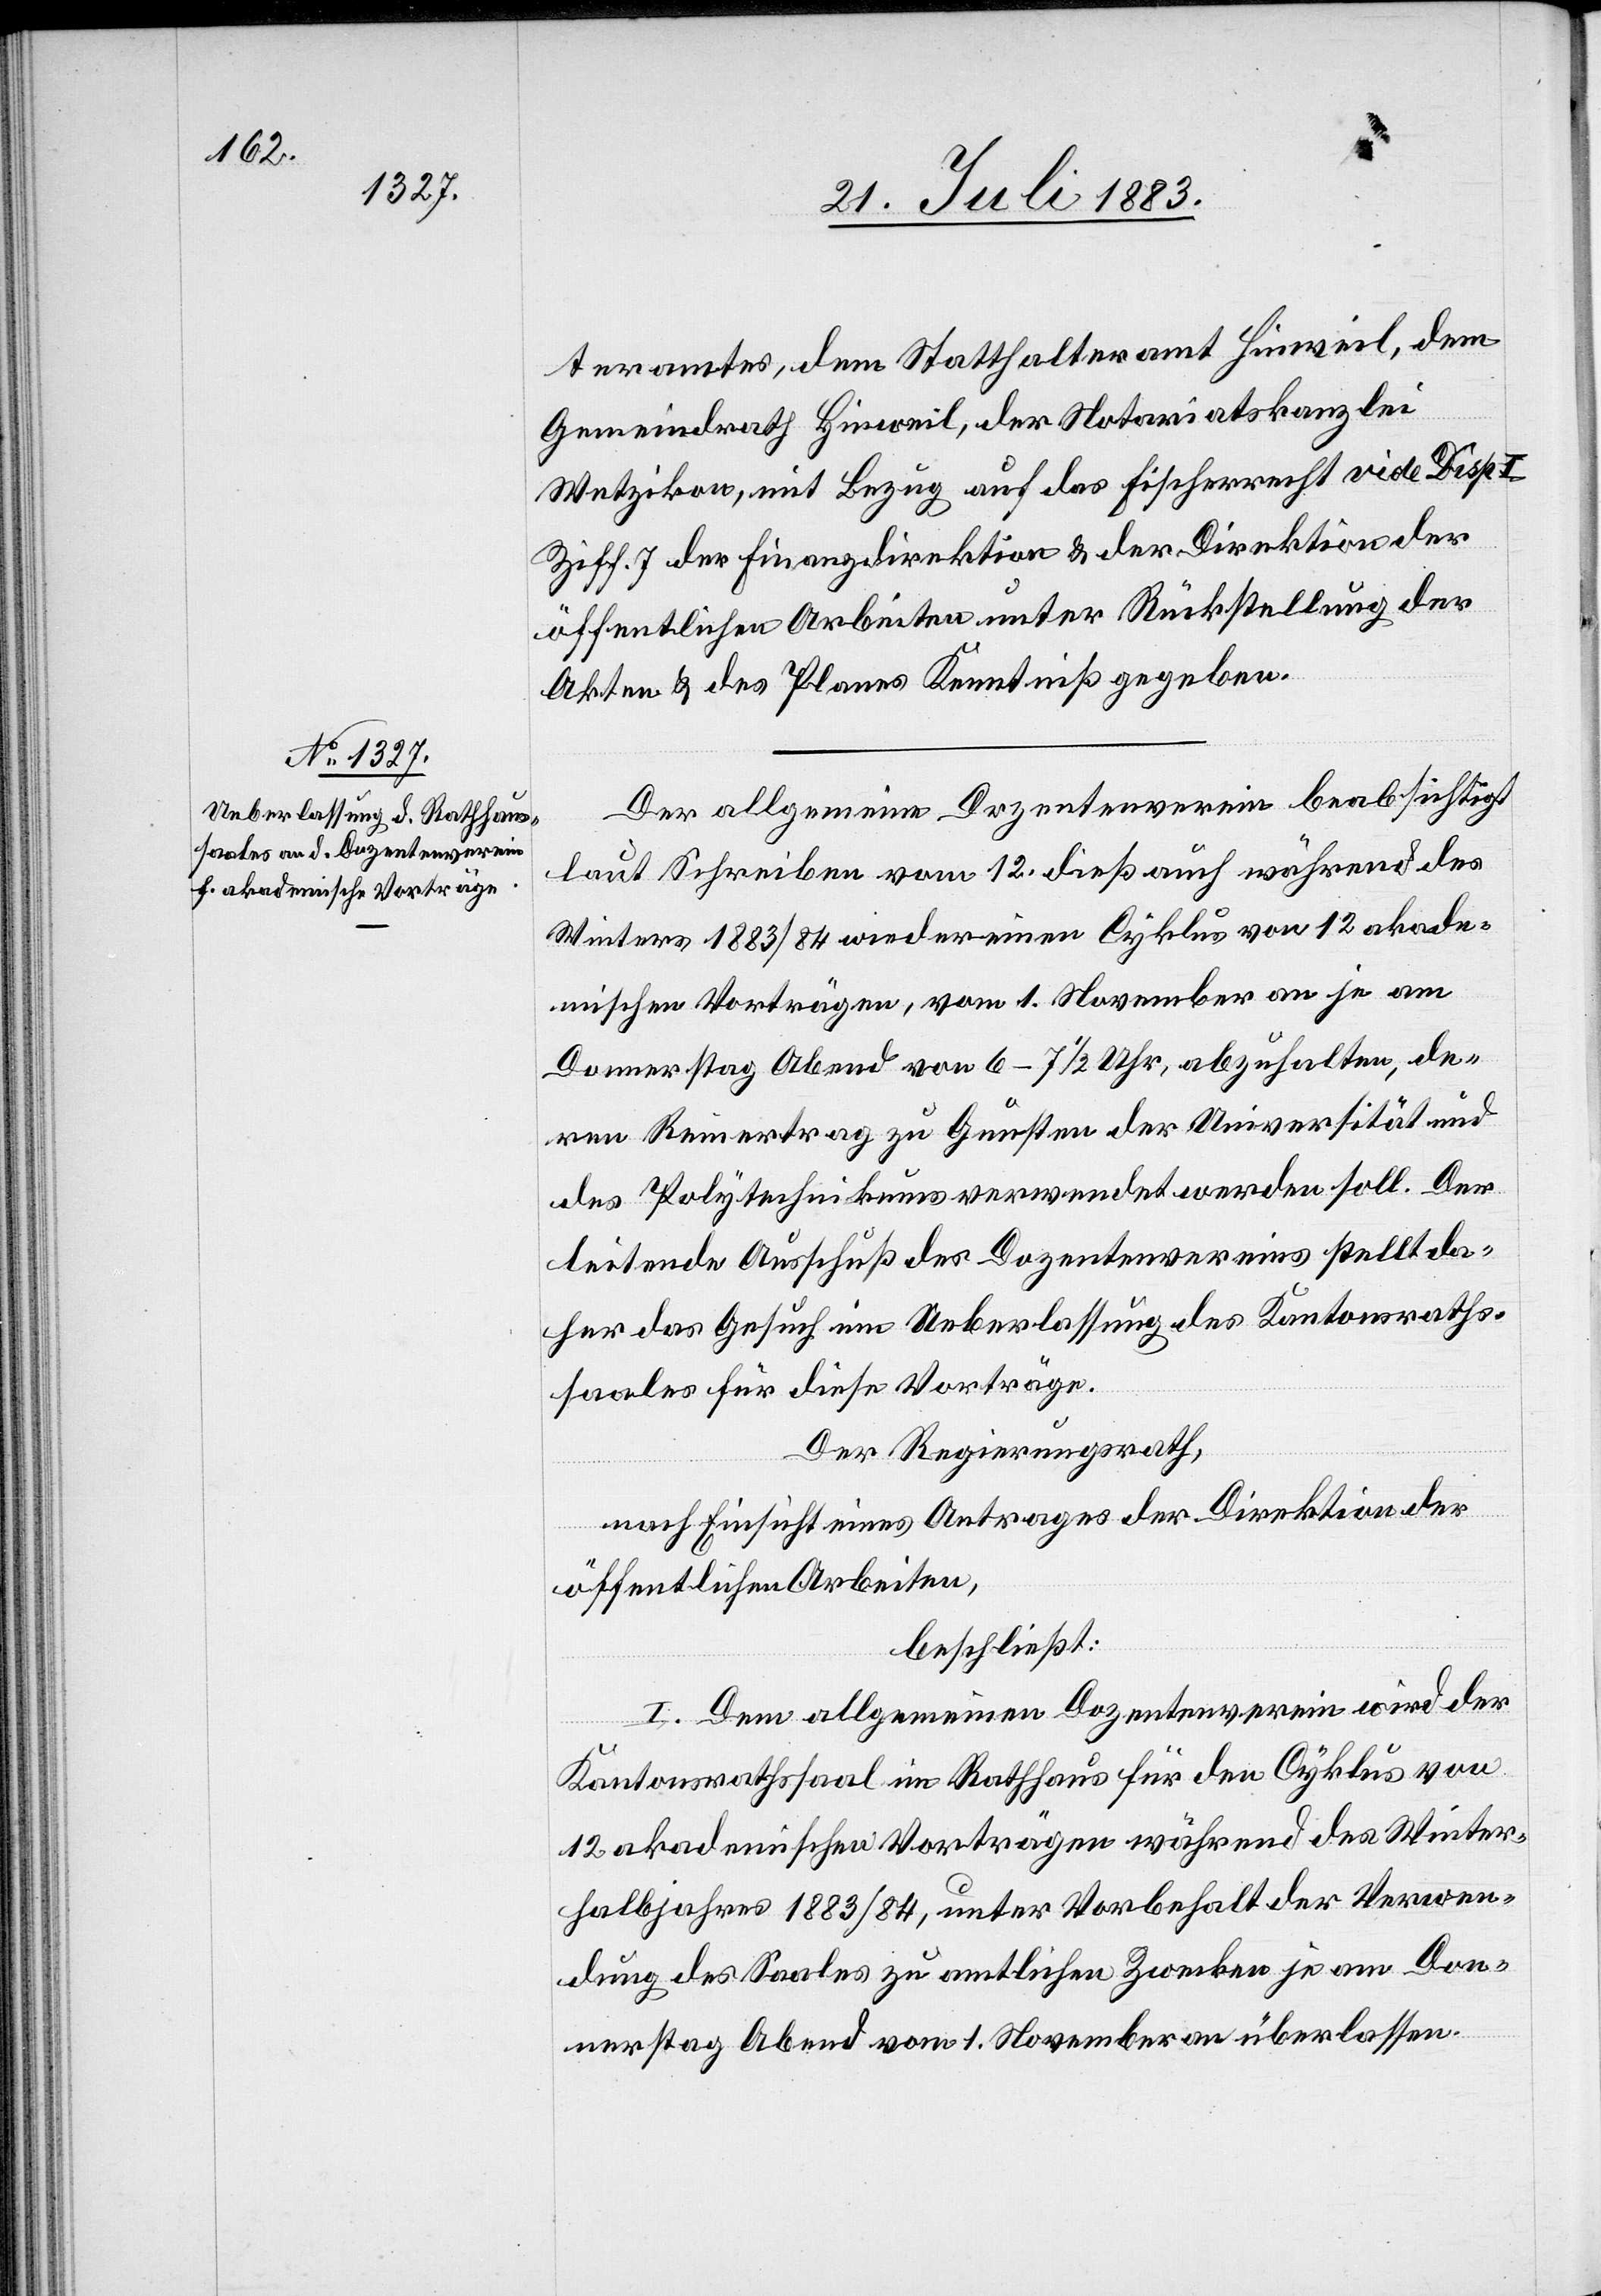
teramtes, dem Statthalteramt Hinweil, dem
Gemeindrath Hinweil, der Notariatskanzlei
Wetzikon, mit Bezug auf das Fischerrecht vide Disp.
Ziff. 7 der Finanzdirektion & der Direktion der
öffentlichen Arbeiten unter Rückstellung der
Akten & des Planes Kenntniß gegeben.
Der allgemeine Dozentenverein beabsichtigt
laut Schreiben vom 12. dieß auch während des
Winters 1883/84 wieder einen Cyklus von 12 akade¬
mischen Vorträgen, vom 1. November an je am
Donnerstag Abend von 6–7 1/2 Uhr, abzuhalten, de¬
ren Reinertrag zu Gunsten der Universität und
des Polytechnikums verwendet werden soll. Der
leitende Ausschuß des Dozentenvereins stellt da¬
her das Gesuch um Ueberlassung des Kantonsraths¬
saales für diese Vorträge.
Der Regierungsrath,
nach Einsicht eines Antrages der Direktion der
öffentlichen Arbeiten,
beschließt:
I. Dem allgemeinen Dozentenverein wird der
Kantonsrathssaal im Rathhaus für den Cyklus von
12 akademischen Vorträgen während des Winter¬
halbjahres 1883/84, unter Vorbehalt der Verwen¬
dung des Saales zu amtlichen Zwecken je am Don¬
nerstag Abend vom 1. November an überlassen.